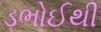
ડભોઈથી